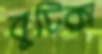
বুটিক্স